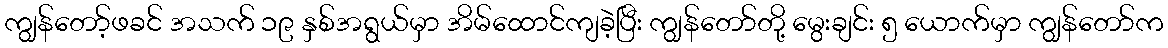
ကျွန်တော့်ဖခင် အသက် ၁၉ နှစ်အရွယ်မှာ အိမ်ထောင်ကျခဲ့ပြီး ကျွန်တော်တို့ မွေးချင်း ၅ ယောက်မှာ ကျွန်တော်က